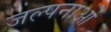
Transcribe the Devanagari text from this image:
जल्पनाओं